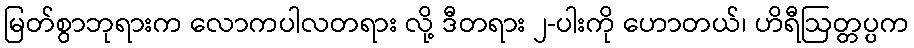
မြတ်စွာဘုရားက လောကပါလတရား လို့ ဒီတရား ၂-ပါးကို ဟောတယ်၊ ဟိရီဩတ္တပ္ပက